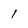
Character: l